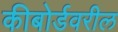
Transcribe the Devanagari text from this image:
कीबोर्डवरील